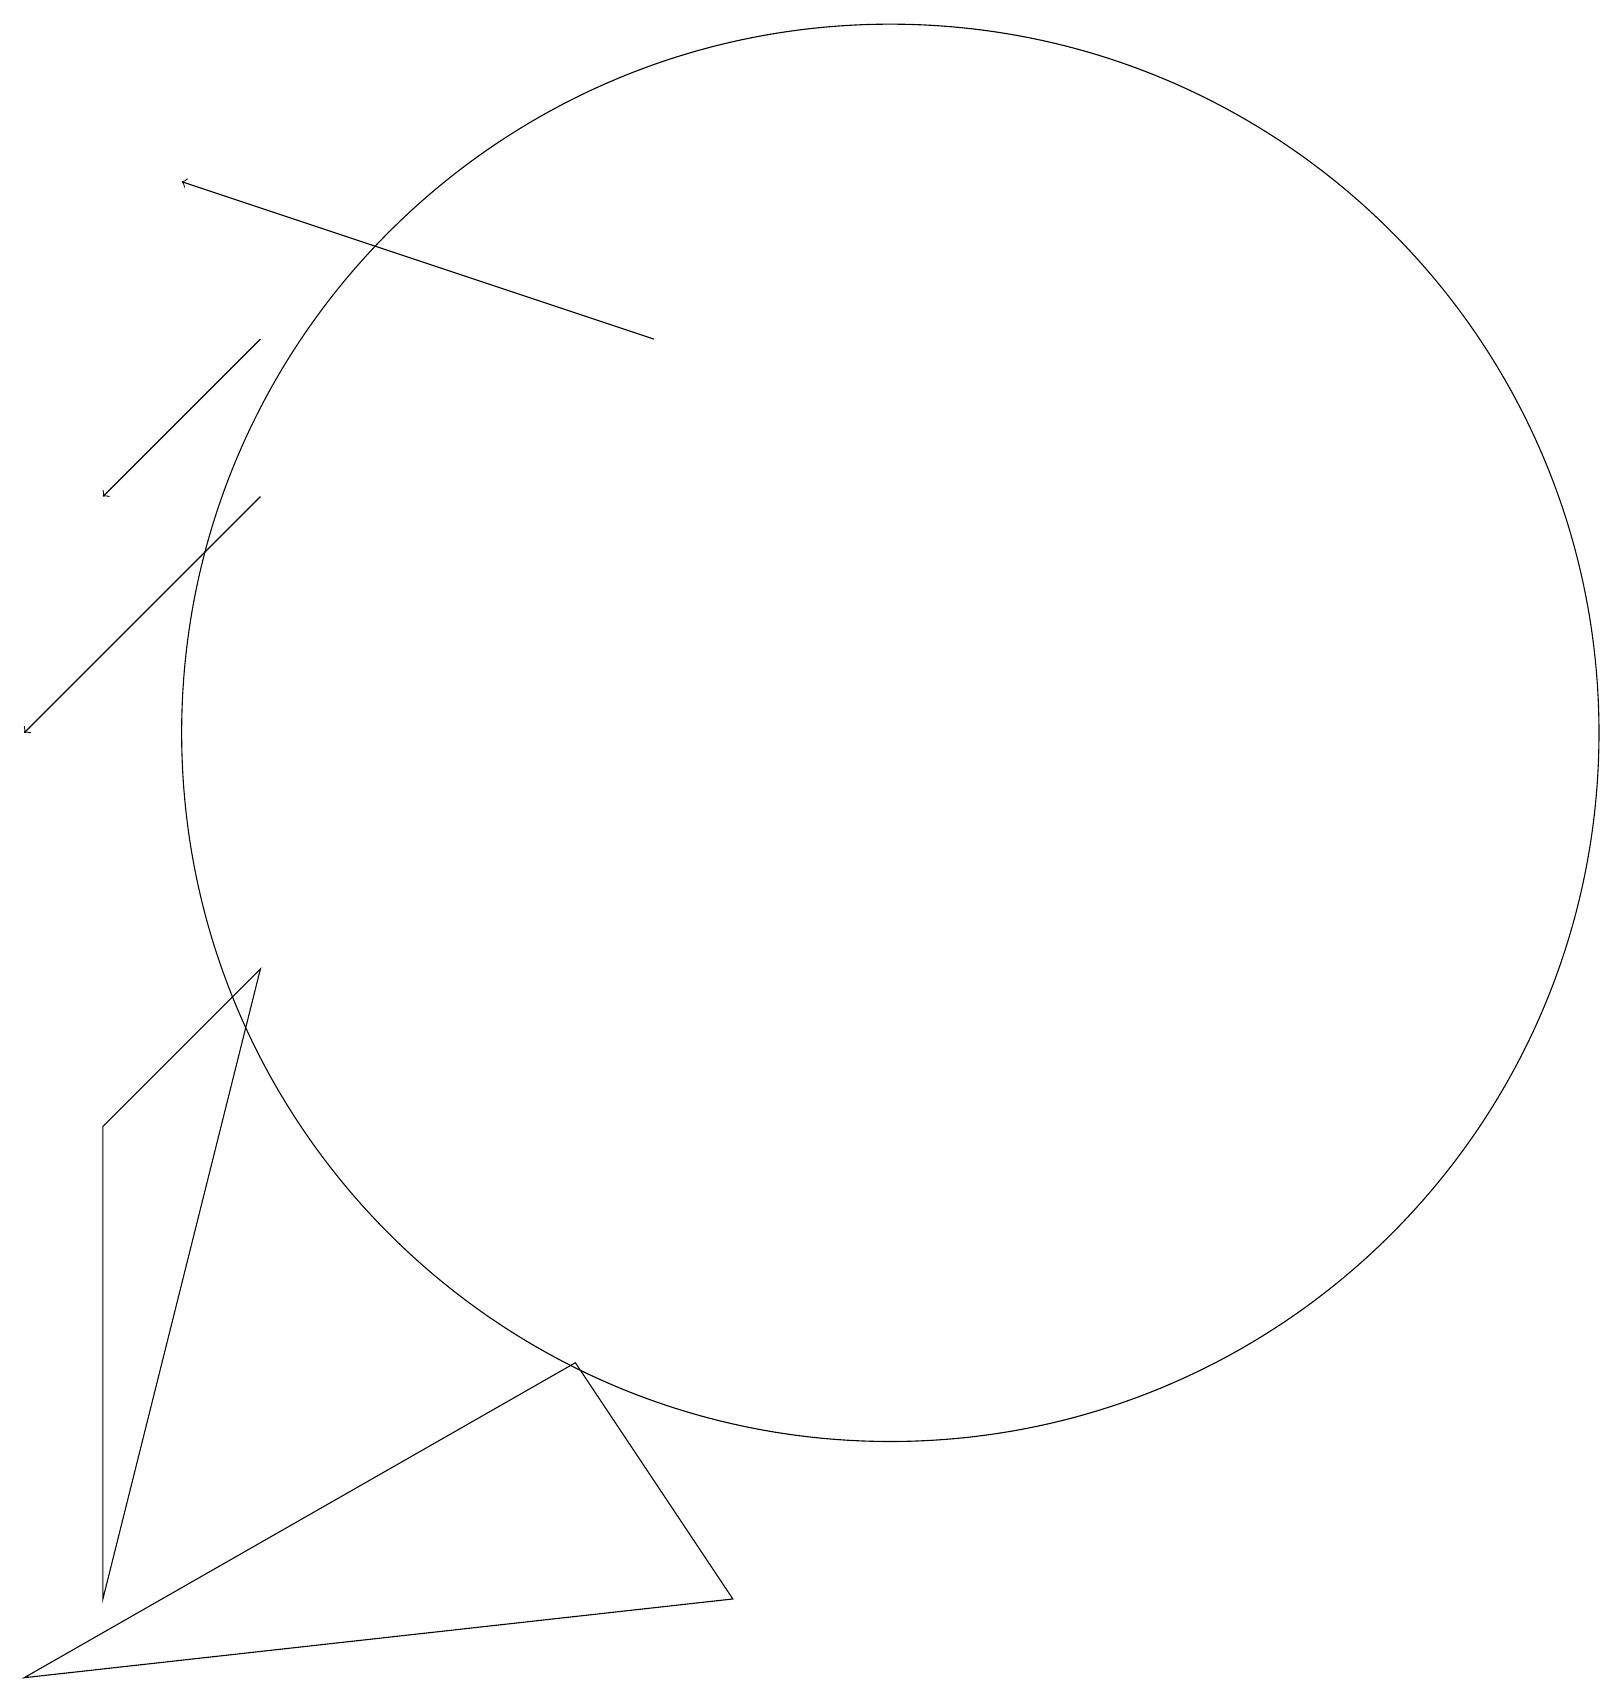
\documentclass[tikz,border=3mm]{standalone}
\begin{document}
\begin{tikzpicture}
\draw[->] (8,17) -- (2,19);
\draw (0,0) -- (9,1) -- (7,4) -- cycle;
\draw[->] (3,17) -- (1,15);
\draw (11,12) circle (9);
\draw[->] (3,15) -- (0,12);
\draw (1,1) -- (1,7) -- (3,9) -- cycle;
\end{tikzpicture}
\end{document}